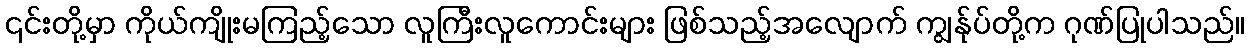
၎င်းတို့မှာ ကိုယ်ကျိုးမကြည့်သော လူကြီးလူကောင်းများ ဖြစ်သည့်အလျောက် ကျွန်ုပ်တို့က ဂုဏ်ပြုပါသည်။